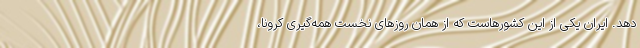
دهد. ایران یکی از این کشورهاست که از همان روزهای نخست همه‌گیری کرونا،